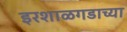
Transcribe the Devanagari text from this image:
इरशाळगडाच्या